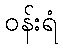
ဝန်းရံ